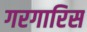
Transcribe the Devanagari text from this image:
गरगारिस